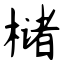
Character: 槠